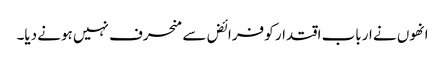
انھوں نے ارباب اقتدار کو فرائض سے منحرف نہیں ہونے دیا۔